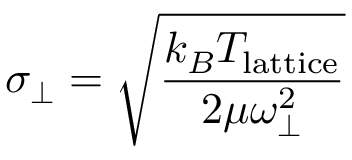
\sigma _ { \perp } = \sqrt { \frac { k _ { B } T _ { \mathrm { l a t t i c e } } } { 2 \mu \omega _ { \perp } ^ { 2 } } }